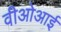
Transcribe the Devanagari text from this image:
वीओआई